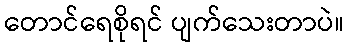
တောင်ရေစိုရင် ပျက်သေးတာပဲ။